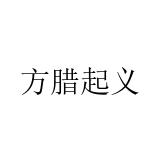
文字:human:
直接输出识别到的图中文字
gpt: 方腊起义